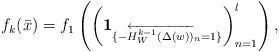
LaTeX: \begin{align*}f_k(\bar{x})=f_1\left(\left(\mathbf{1}_{\{-\overleftarrow{H^{k-1}_W(\Delta({w}))}_n=1\}}\right)_{n=1}^l\right),\end{align*}